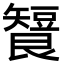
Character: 𬑶